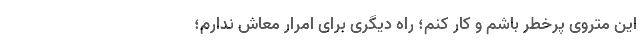
این متروی پرخطر باشم و کار کنم؛ راه دیگری برای امرار معاش ندارم؛